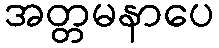
အတ္တမနာပေ